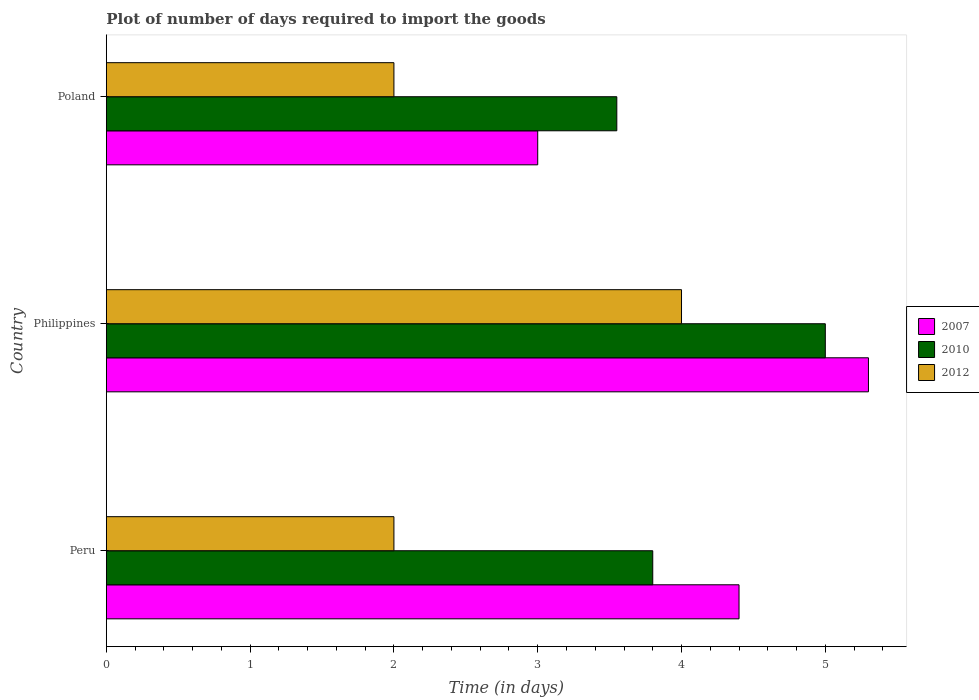
| Country | 2007 | 2010 | 2012 |
 | --- | --- | --- | --- |
 | Peru | 4.4 | 3.8 | 2 |
 | Philippines | 5.3 | 5 | 4 |
 | Poland | 3 | 3.55 | 2 |